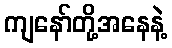
ကျနော်တို့အနေနဲ့